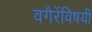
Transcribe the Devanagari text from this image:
वगैरेंविषयी